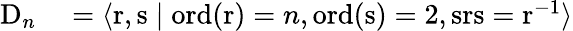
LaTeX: \begin{array}{rl}{\mathrm{D}_{n}}&{{}=\langle\mathrm{r},\mathrm{s}\mid\operatorname{ord}(\mathrm{r})=n,\operatorname{ord}(\mathrm{s})=2,\mathrm{srs}=\mathrm{r}^{-1}\rangle}\end{array}